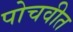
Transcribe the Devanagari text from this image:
पोचवीत